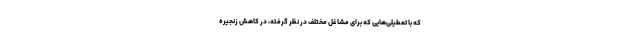
که با تعطیلی‌هایی که برای مشاغل مختلف در نظر گرفته، در کاهش زنجیرهٔ